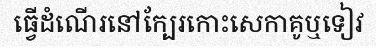
ធ្វើដំណើរនៅក្បែរកោះសេកាគូឬទៀវ